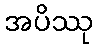
အပိဿု